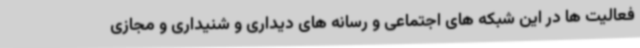
فعالیت ها در این شبکه های اجتماعی و رسانه های دیداری و شنیداری و مجازی